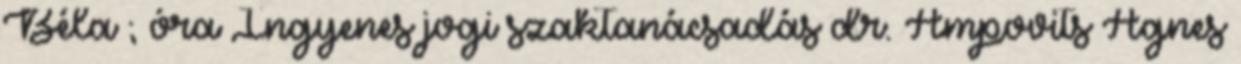
Béla ; óra Ingyenes jogi szaktanácsadás dr. Ampovits Ágnes